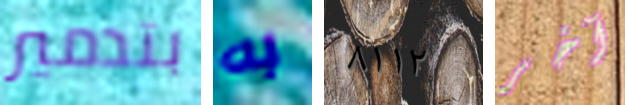
بتدمير به ٨١١٢ آخر